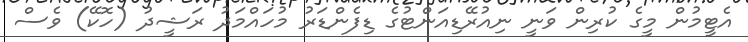
އެޓީމުން މީގެ ކުރިން ވަނީ ނިއުރޭޑިއަންޓުގެ ޑިފެންޑަރު މުހައްމަދު ރަޝީދު (ހޮކޭ) ވެސް